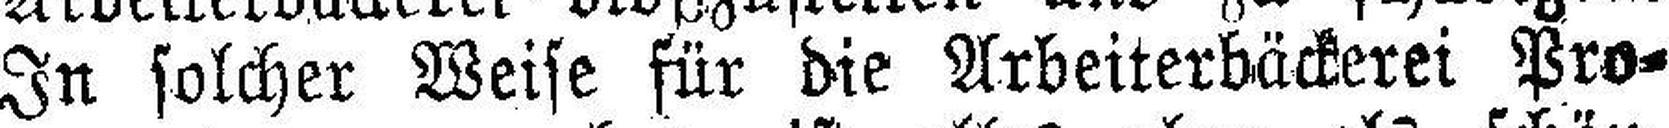
In solcher Weise für die Arbeiterbäckerei Pro¬